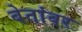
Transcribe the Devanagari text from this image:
बेतांवर